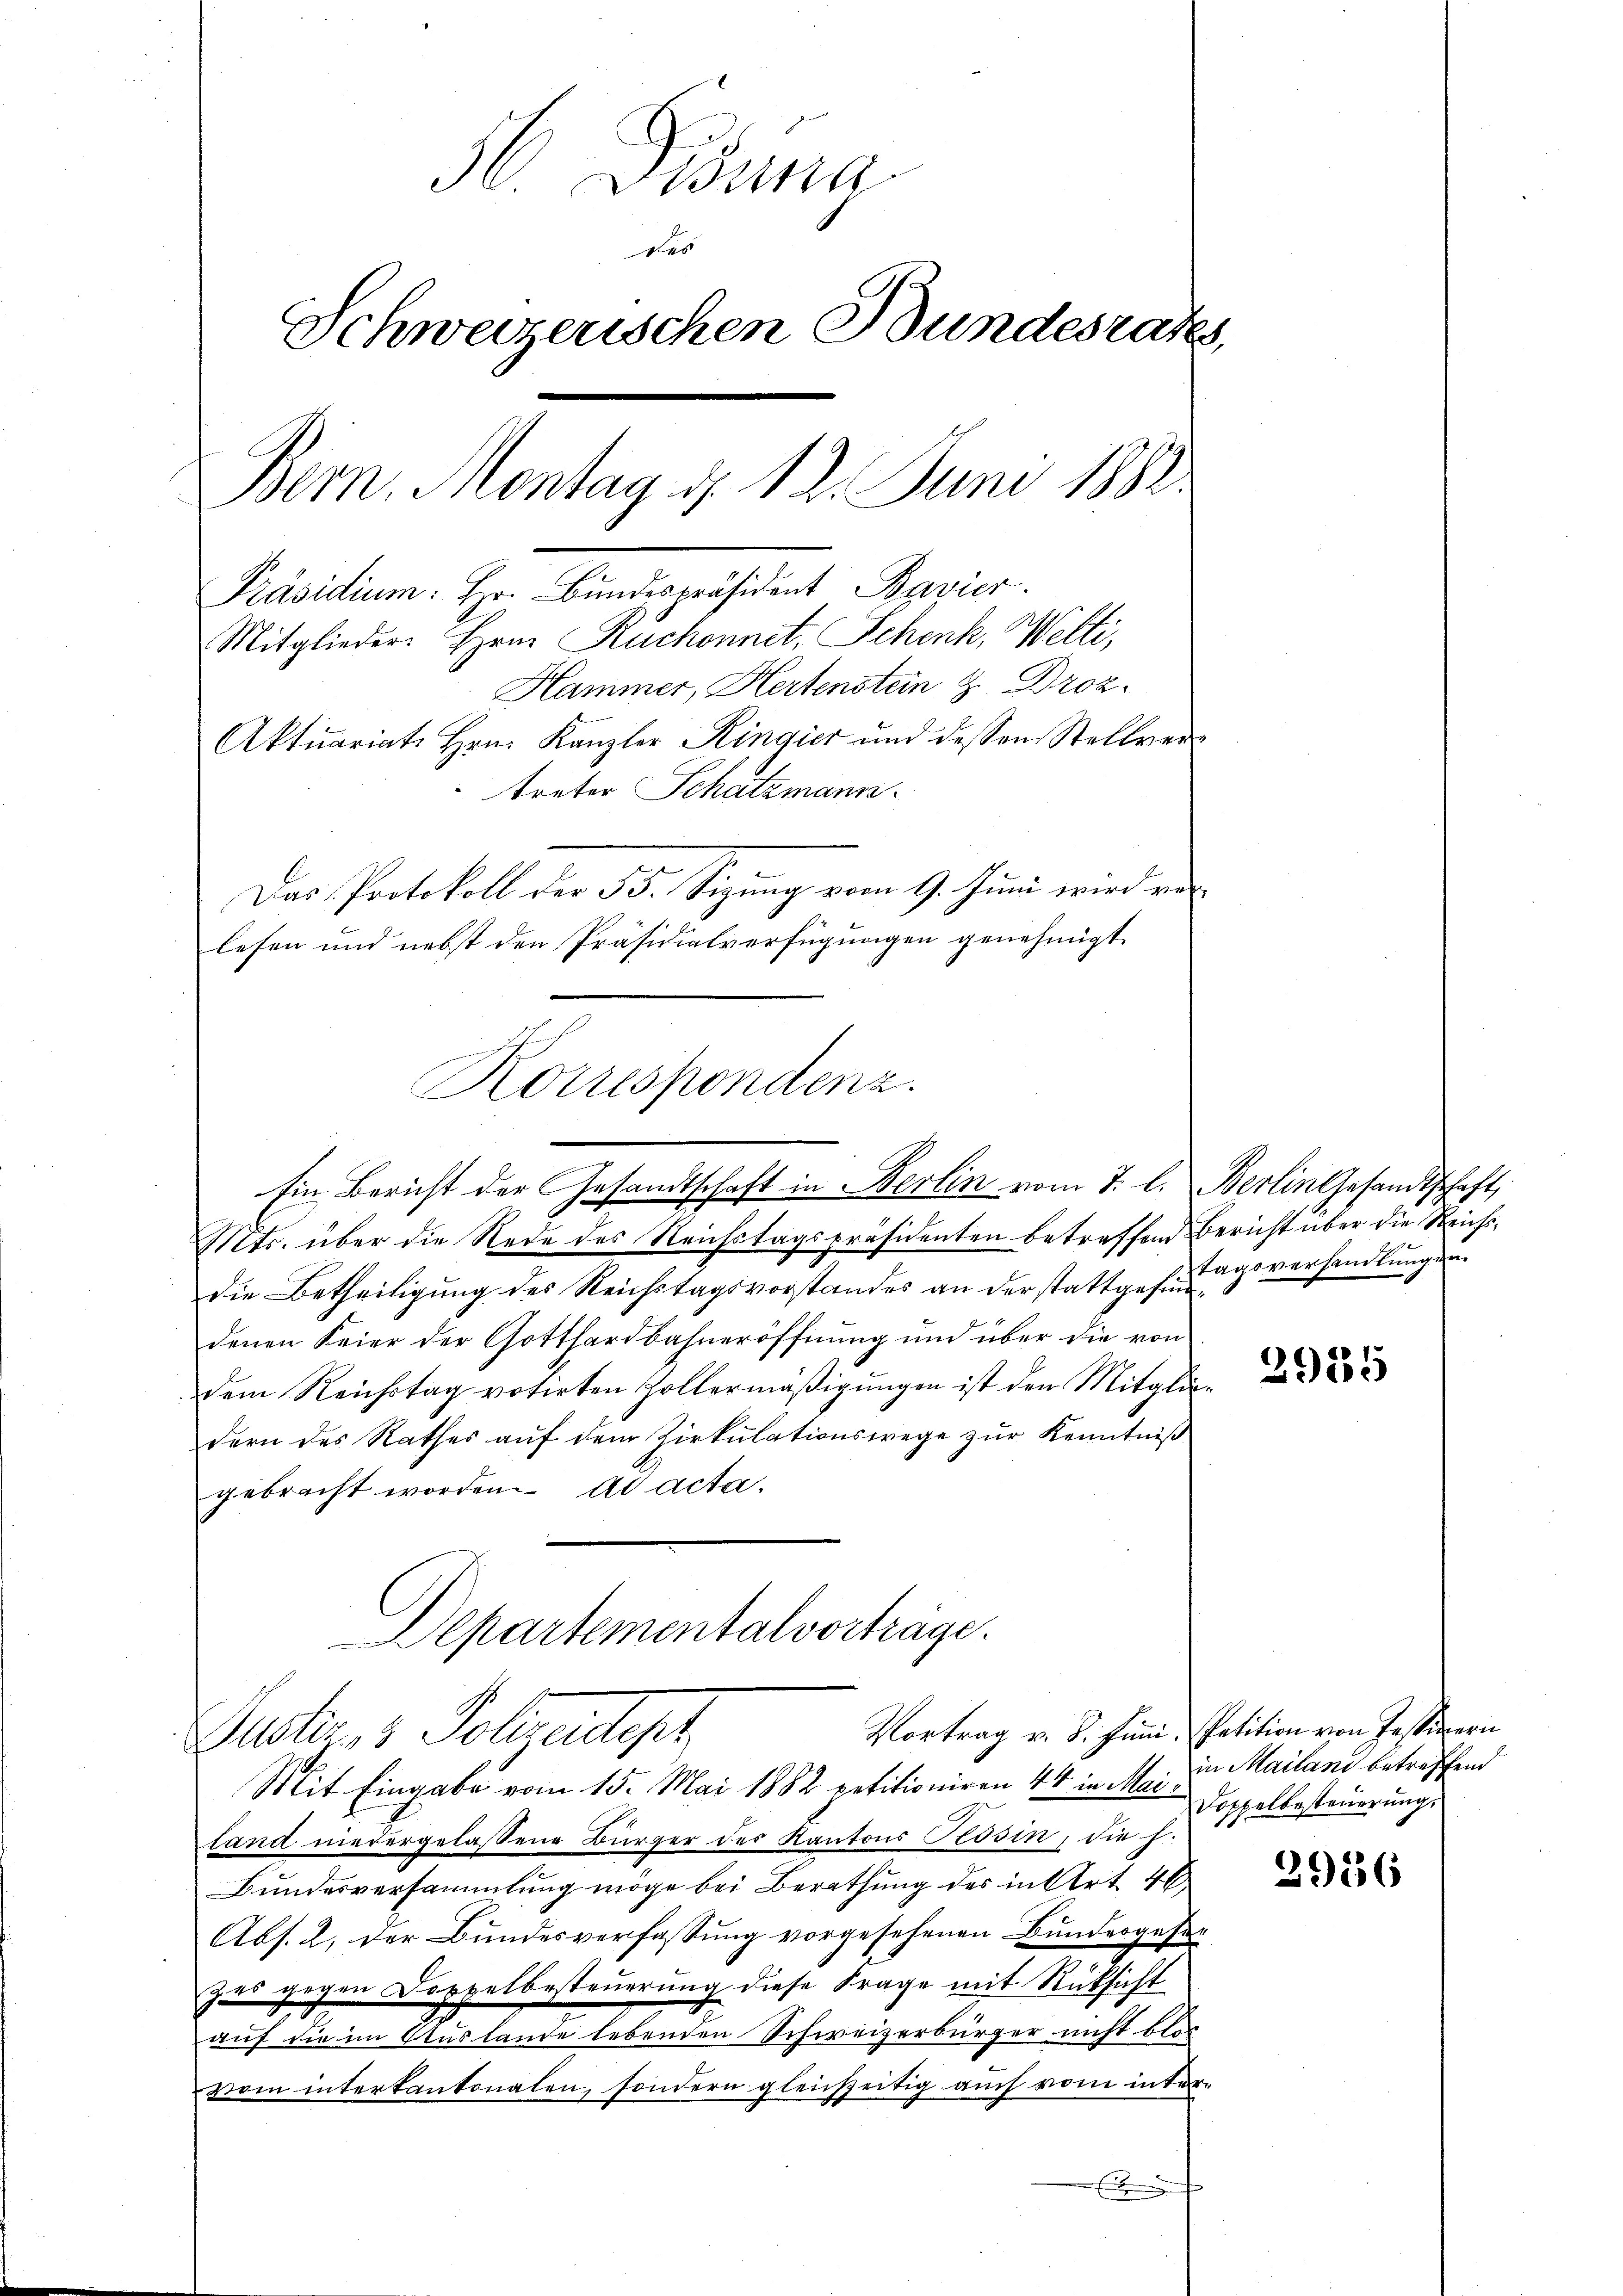
36 Fina
des
Schweizerischen Bundesrates
Bern. Montag d. 12. Juni 1882.
Präsidium: Hr. Bŭndespräsident Bavier.
Mitglieder. Hrn. Ruchonnet, Schenk, Welti,
Hammer, Hertenstein & Droz.
Aktuariat Hrn. Kanzler Ringier und dessen Stellver-
treter Schatzmann.
Das Protokoll der 55. Sizŭng vom 9. Juni wird ver-
lesen und nebst den Präsidialverfügungen genehmigt.

Mts. über die Rede des Reichstagspräsidenten betreffend Bericht über die Reichsdie Betheiligung des Reichstagsvorstandes an der stattgefundenen Feier der Gotthardbahneröffnung und über die von
dem Reichstag votirten Hollermäßigungen ist den Mitgliedern des Rathes aŭf dem Zirkŭlationswege zŭr Kenntniß
gebracht worden ad acta.
Departementalvorträge.

Korrespondenz.
Ein Bericht der Gesandtschaft in Berlin vom 7. l. Berlin Gesandtschaft,

Justiz- & Polizeidet
Mit Eingabe vom 15. Mai 1882 petitioniren 44 in Mai in Mailani betreffend

tand niedergelassene Bürger des Kantons Posin, die h.
Bundesversammlung möge bei Berathung des in Art. 46
Abs. 2, der Bundesverfassung vorgesehenen Bundesgesezes gegen Doppelbesteuerung diese Frage mit Rücksicht
auf die im Auslande lebenden Schweizerbürger nicht blei
vom interkantonalen, sondern gleichzeitig auch vom inter¬
Ein

Vortrag v. 8. Juni, Petition von Festiern

tagsverhandlungen

2955

Doppelbesteuerung

29136